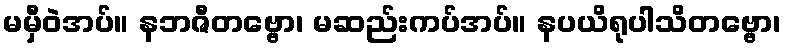
မမှီဝဲအပ်။ နဘဇီတဗ္ဗော၊ မဆည်းကပ်အပ်။ နပယိရုပါသိတဗ္ဗော၊